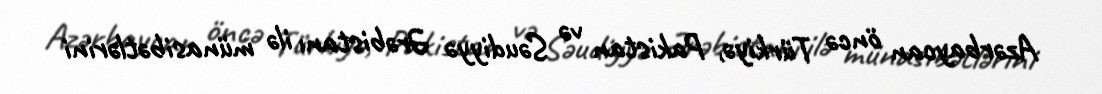
Azərbaycan öncə Türkiyə, Pakistan və Səudiyyə Ərəbistanı ilə münasibətlərini